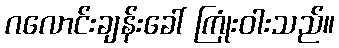
ဂလောင်းချန်းခေါ် ကြုံးဝါးသည်။